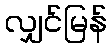
လျှင်မြန်